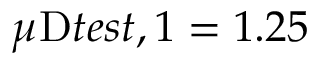
\mu _ { Ḋ } \mathrm { Ḋ } t e s t Ḍ , 1 Ḍ = 1 . 2 5